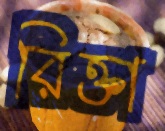
রিক্তা